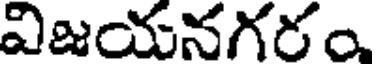
విజయనగరం